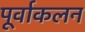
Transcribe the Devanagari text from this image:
पूर्वाकलन